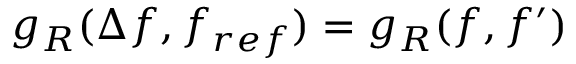
g _ { R } ( \Delta f , f _ { r e f } ) = g _ { R } ( f , f ^ { \prime } )